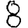
Digit: 8